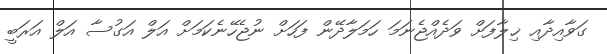
ގަވާއިދާއި ޚިލާފަށް ވަދެއްޖެނަމަ ހަމަލާދޭން ފަހަށް ނުޖެހޭނެކަމަށް އަލް އަގުސާ އަލް އަރަބީ